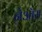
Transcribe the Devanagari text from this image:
नेऑस